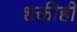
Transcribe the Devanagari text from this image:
शक्तीही